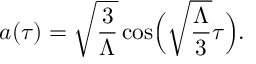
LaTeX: a ( \tau ) = \sqrt { \frac { 3 } { \Lambda } } \cos \Bigl ( \sqrt { \frac { \Lambda } { 3 } } \tau \Bigr ) .